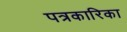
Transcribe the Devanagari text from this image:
पत्रकारिका